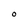
Character: O